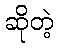
ဆိုတဲ့